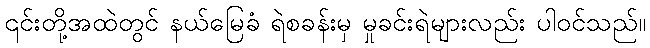
၎င်းတို့အထဲတွင် နယ်မြေခံ ရဲစခန်းမှ မှုခင်းရဲများလည်း ပါဝင်သည်။